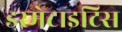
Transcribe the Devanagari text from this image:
डरमेटाइटिस